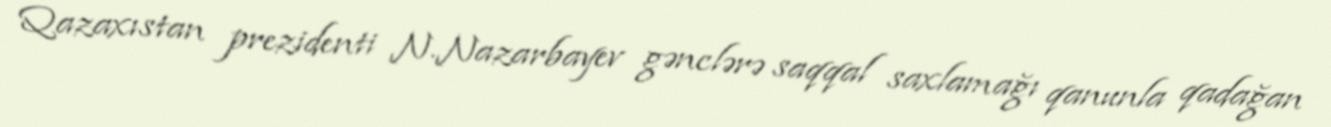
Qazaxıstan prezidenti N.Nazarbayev gənclərə saqqal saxlamağı qanunla qadağan